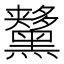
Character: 𪒨